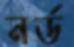
নর্ড